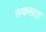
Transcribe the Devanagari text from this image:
सकसता